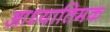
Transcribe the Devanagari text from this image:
आध्यातिमक